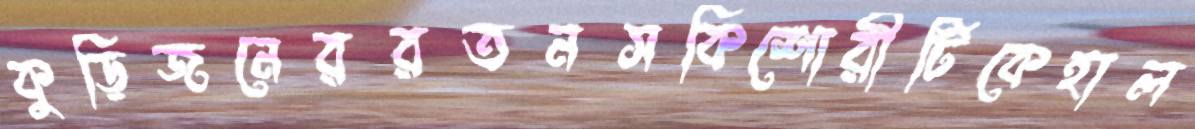
কুড়িজনেররতনসকিশোরীটিকেহাল